Annual administration report of the Civil Veterinary Department, Ajmere-Merwara, British Rajputana - 1914-1940
Year: 1914
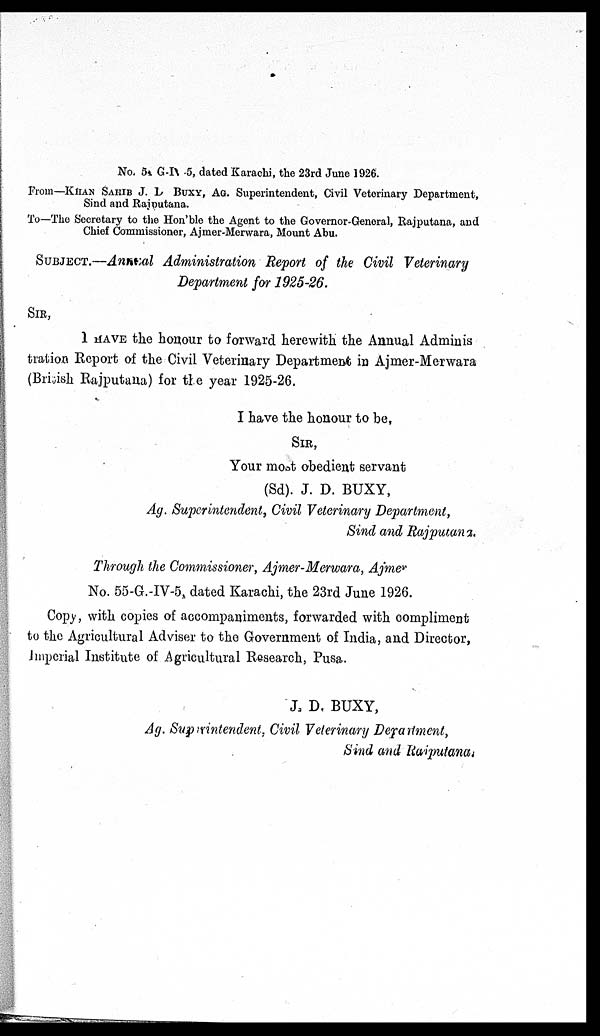
No. 5. G-IV 5, dated Karachi, the 23rd June 1926.
From—KHAN SAHIB J. L BUXY, AG. Superintendent, Civil Veterinary Department,
Sind and Rajputana.
To—The Secretary to the Hon'ble the Agent to the Governor-General, Rajputana, and
Chief Commissioner, Ajmer-Merwara, Mount Abu.
SUBJECT.—Annual Administration Report of the Civil Veterinary
Department for 1925-26.
SIR,
I HAVE the honour to forward herewith the Annual Adminis
tration Report of the Civil Veterinary Department in Ajmer-Merwara
(British Rajputana) for the year 1925-26.
I have the honour to be,
SIR,
Your most obedient servant
(Sd). J. D. BUXY,
Ag. Superintendent, Civil Veterinary Department,
Sind and Rajputana.
Through the Commissioner, Ajmer-Merwara, Ajmer
No. 55-G.-IV-5, dated Karachi, the 23rd June 1926.
Copy, with copies of accompaniments, forwarded with compliment
to the Agricultural Adviser to the Government of India, and Director,
Imperial Institute of Agricultural Research, Pusa.
J. D. BUXY,
Ag. Superintendent, Civil Veterinary Department,
Sind and Rajputana.